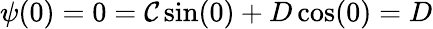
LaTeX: \psi(0)=0=\mathcal{C}\sin(0)+D\cos(0)=D